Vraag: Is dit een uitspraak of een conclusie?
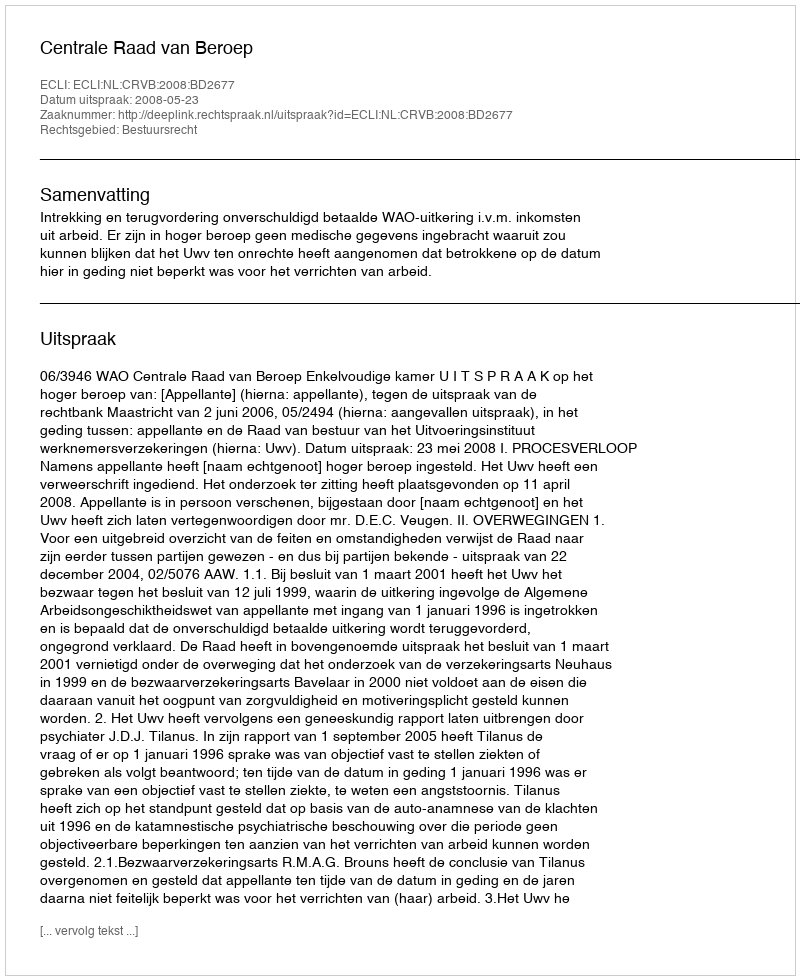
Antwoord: Uitspraak